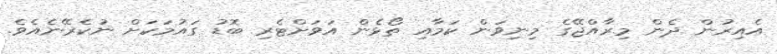
އެއިރުން ދެން މިރާއްޖޭގެ މިނިވަން ކަމާއި ތޯޅެން އަވަށްޓެރި ބޮޑު ގައުމަކަށް ނުކެރޭނެއެވެ.